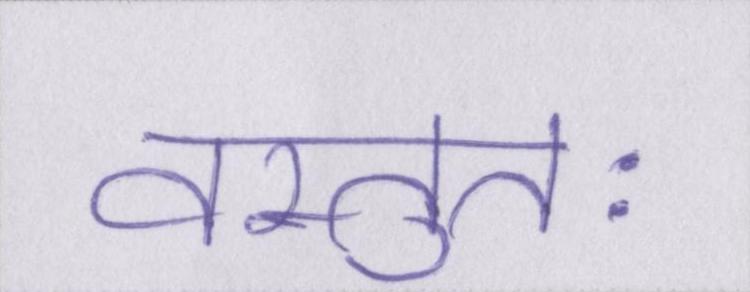
वस्तुतः